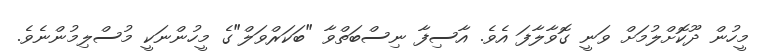
މީހުން ދޫކޮށްލުމަށް ވަނީ ގޮވާލާފަ އެވެ. އާސިފާ ނިސްބަތްވާ "ބަކަރްވަލް"ގެ މީހުންނަކީ މުސްލިމުންނެވެ.